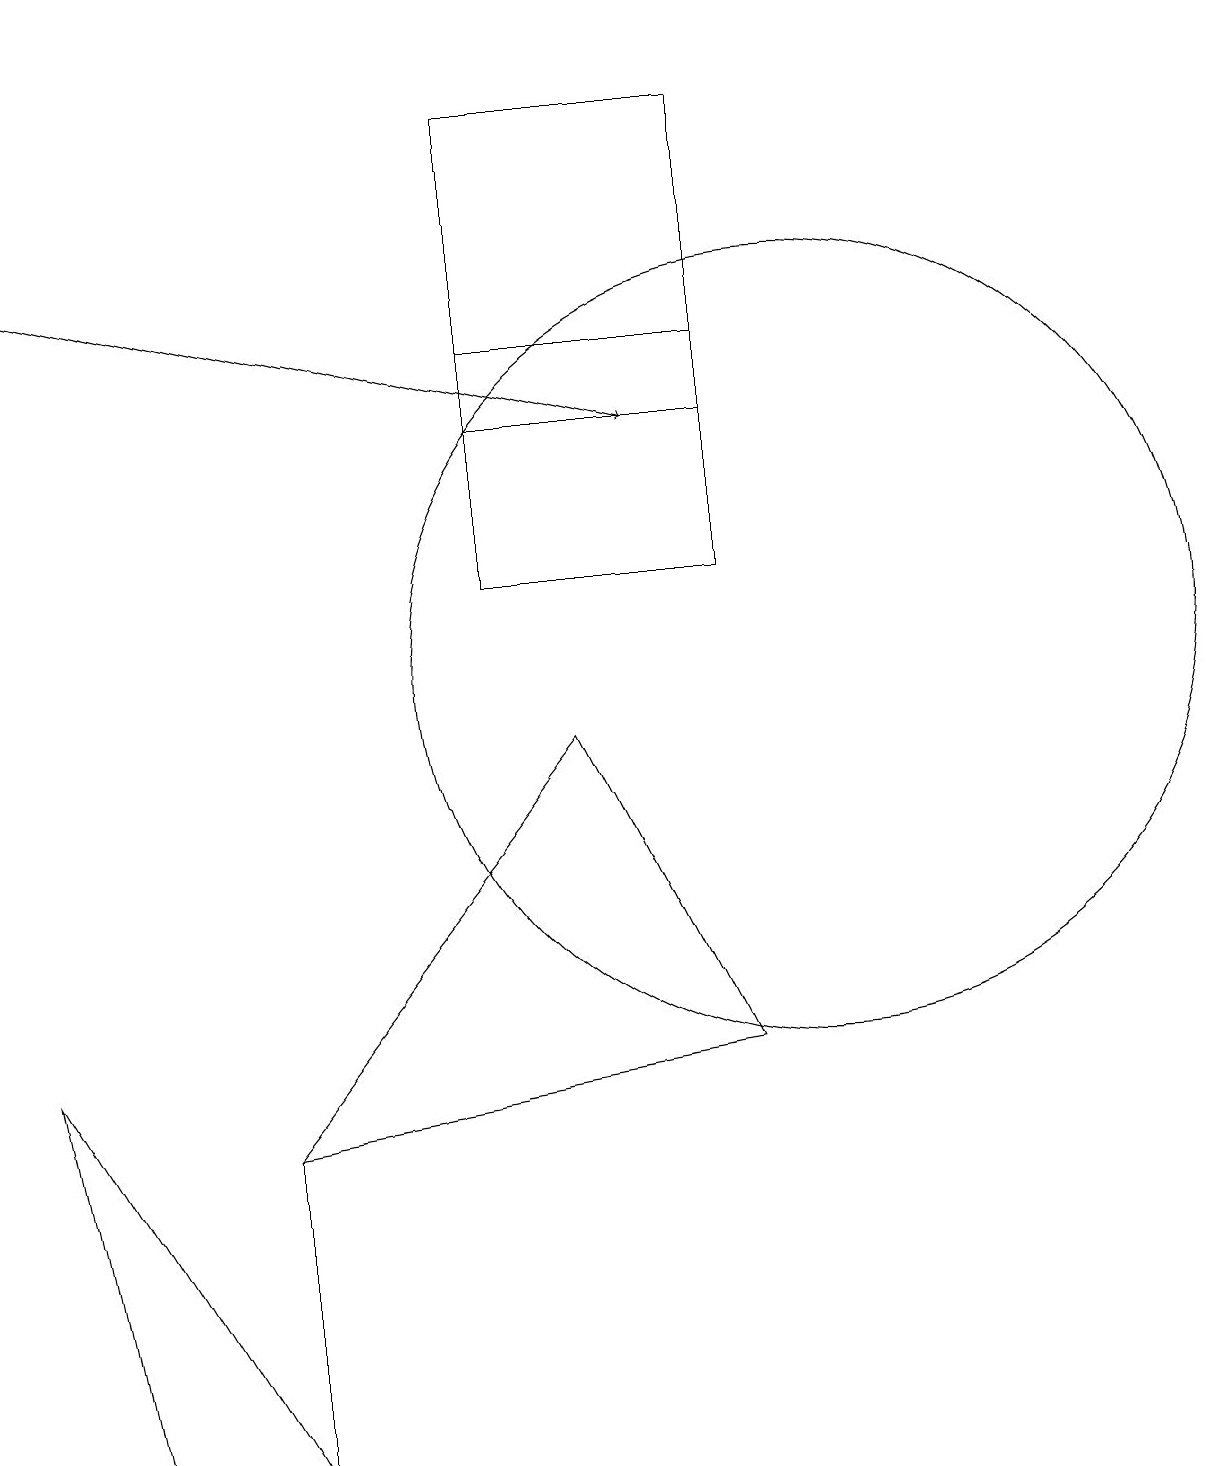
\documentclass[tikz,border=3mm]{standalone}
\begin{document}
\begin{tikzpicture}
\draw (6,14) rectangle (9,11);
\draw (6,17) rectangle (9,13);
\draw (1,0) -- (0,5) -- (3,0) -- cycle;
\draw[->] (0,15) -- (8,13);
\draw (3,18) rectangle (3,18);
\draw (7,9) -- (3,4) -- (9,5) -- cycle;
\draw (3,4) -- (3,0) -- (3,0) -- cycle;
\draw (10,10) circle (5);
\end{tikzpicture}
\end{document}